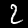
Digit: 2